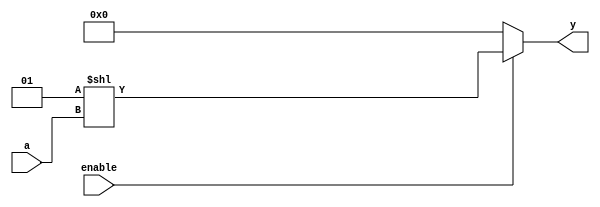
module decoder_nbit 
    // Parameters section
    #( parameter N = 3)
    // Ports section
    (input [N-1:0] a,
     input enable,
     output reg [2**N-1:0] y
    );
  
    always @(*) begin
        if (enable == 0) 
            y = 0;
        else
            y = (1 << a);
    end  
  
endmodule